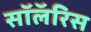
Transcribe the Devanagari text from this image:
सॉलॅरिस